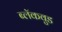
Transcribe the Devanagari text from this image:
ब्लॅकवुड